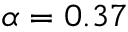
\alpha = 0 . 3 7